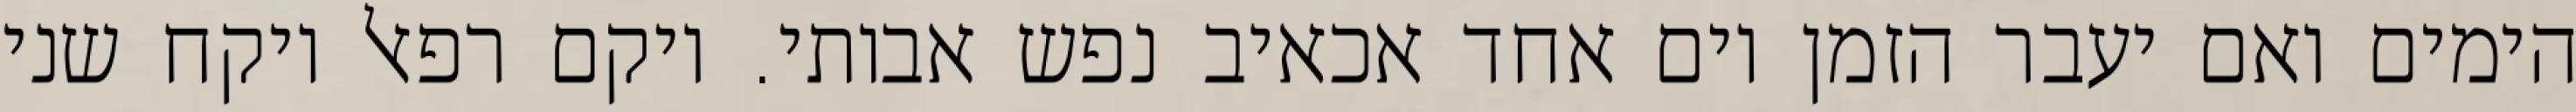
הימים ואם יעבר הזמן יום אחד אכאיב נפש אבותי. ויקם רפאל ויקח שני